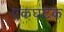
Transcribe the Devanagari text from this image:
एकघटक